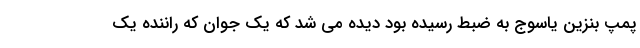
پمپ بنزین یاسوج به ضبط رسیده بود دیده می شد که یک جوان که راننده یک